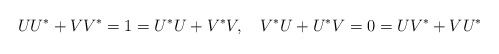
\begin{align*}UU^{*}+VV^{*}=1=U^{*}U+V^{*}V,\quad V^{*}U+U^{*}V=0=UV^{*}+VU^{*}\end{align*}